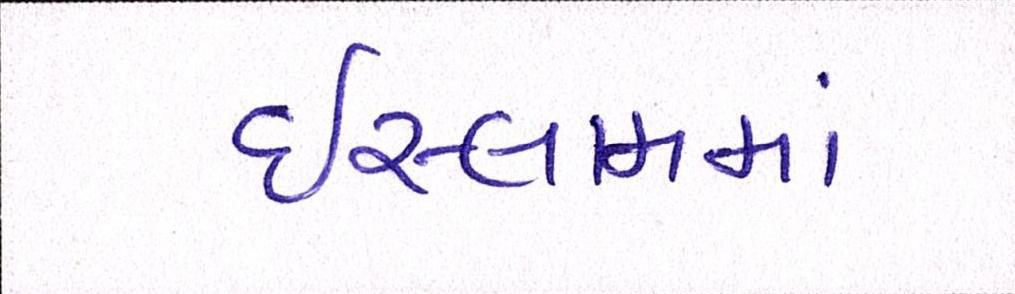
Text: ઇસ્લામમાં